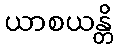
ယာစယန္တိ